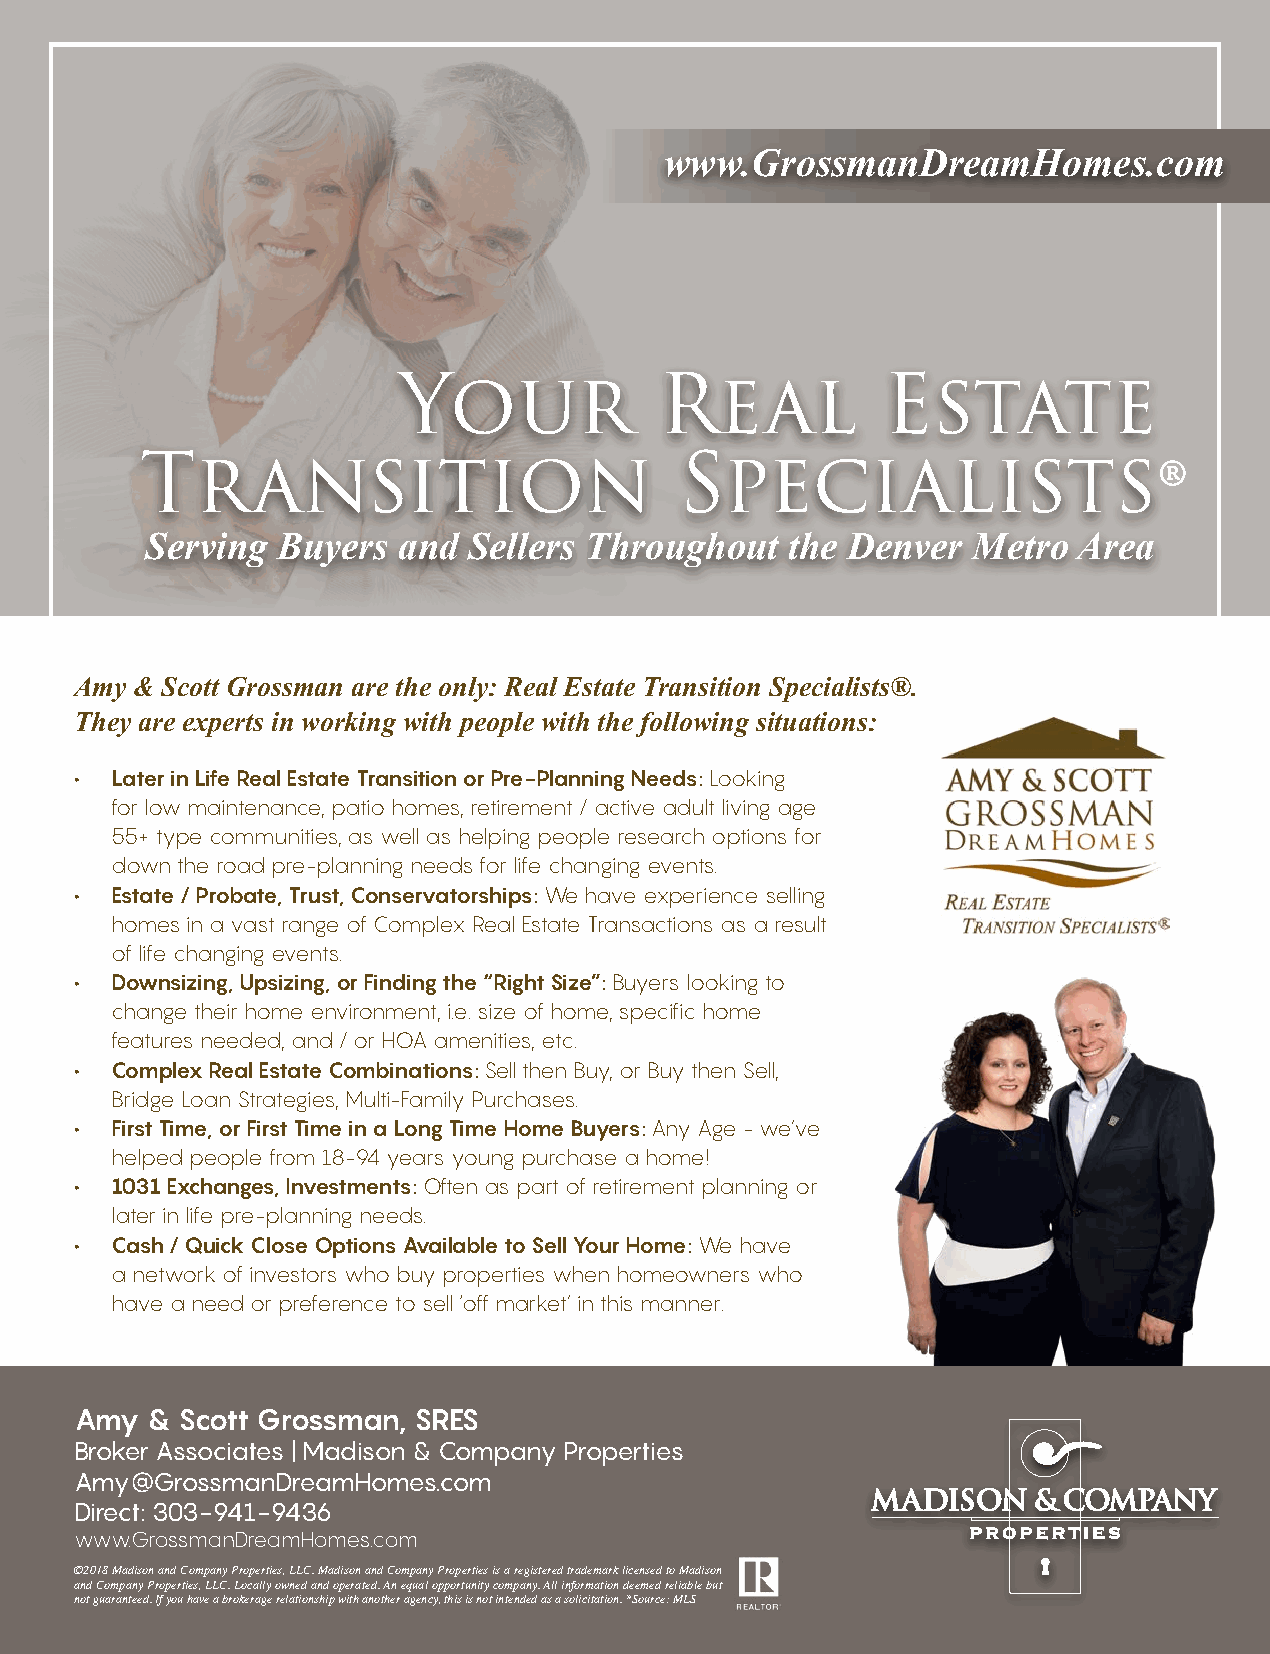
www.GrossmanDreamHomes.com
 Your              Real          Estate
 Transition                          Specialists®
 Serving Buyers  and  Sellers Throughout   the Denver  Metro  Area
 Amy & Scott Grossman are the only: Real Estate Transition Specialists®.
 They are experts in working with people with the following situations:
 • Later in Life Real Estate Transition or Pre-Planning Needs: Looking
 for low maintenance, patio homes, retirement / active adult living age
 55+ type communities, as well as helping people research options for
 down the road pre-planning needs for life changing events.
 • Estate / Probate, Trust, Conservatorships: We have experience selling
 homes in a vast range of Complex Real Estate Transactions as a result
 of life changing events.
 • Downsizing, Upsizing, or Finding the “Right Size”: Buyers looking to
 change their home environment, i.e. size of home, specific home
 features needed, and / or HOA amenities, etc.
 • Complex Real Estate Combinations: Sell then Buy, or Buy then Sell,
 Bridge Loan Strategies, Multi-Family Purchases.
 • First Time, or First Time in a Long Time Home Buyers: Any Age - we’ve
 helped people from 18-94 years young purchase a home!
 • 1031 Exchanges, Investments: Often as part of retirement planning or
 later in life pre-planning needs.
 • Cash / Quick Close Options Available to Sell Your Home: We have
 a network of investors who buy properties when homeowners who
 have a need or preference to sell ‘off market’ in this manner.
 Amy  & Scott Grossman, SRES
 Broker Associates | Madison & Company Properties
 Amy@GrossmanDreamHomes.com
 Direct: 303-941-9436
 www.GrossmanDreamHomes.com
 ©2018 Madison and Company Properties, LLC. Madison and Company Properties is a registered trademark licensed to Madison
 and Company Properties, LLC. Locally owned and operated. An equal opportunity company. All information deemed reliable but
 not guaranteed. If you have a brokerage relationship with another agency, this is not intended as a solicitation. *Source: MLS